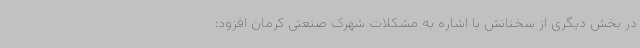
در بخش دیگری از سخنانش با اشاره به مشکلات شهرک صنعتی کرمان افزود: